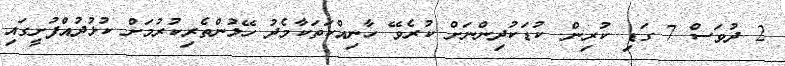
2 ދުވަސް 7 ގަޑި ކުރިން. ކުޑަކުދިންނަށް ކުރެވޭ ހާނިއްކަތަކާމެދު ހޭލުންތެރިކުރުމަށް ކުޅުދުއްފުށީގައި